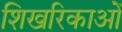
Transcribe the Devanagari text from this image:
शिखरिकाओं